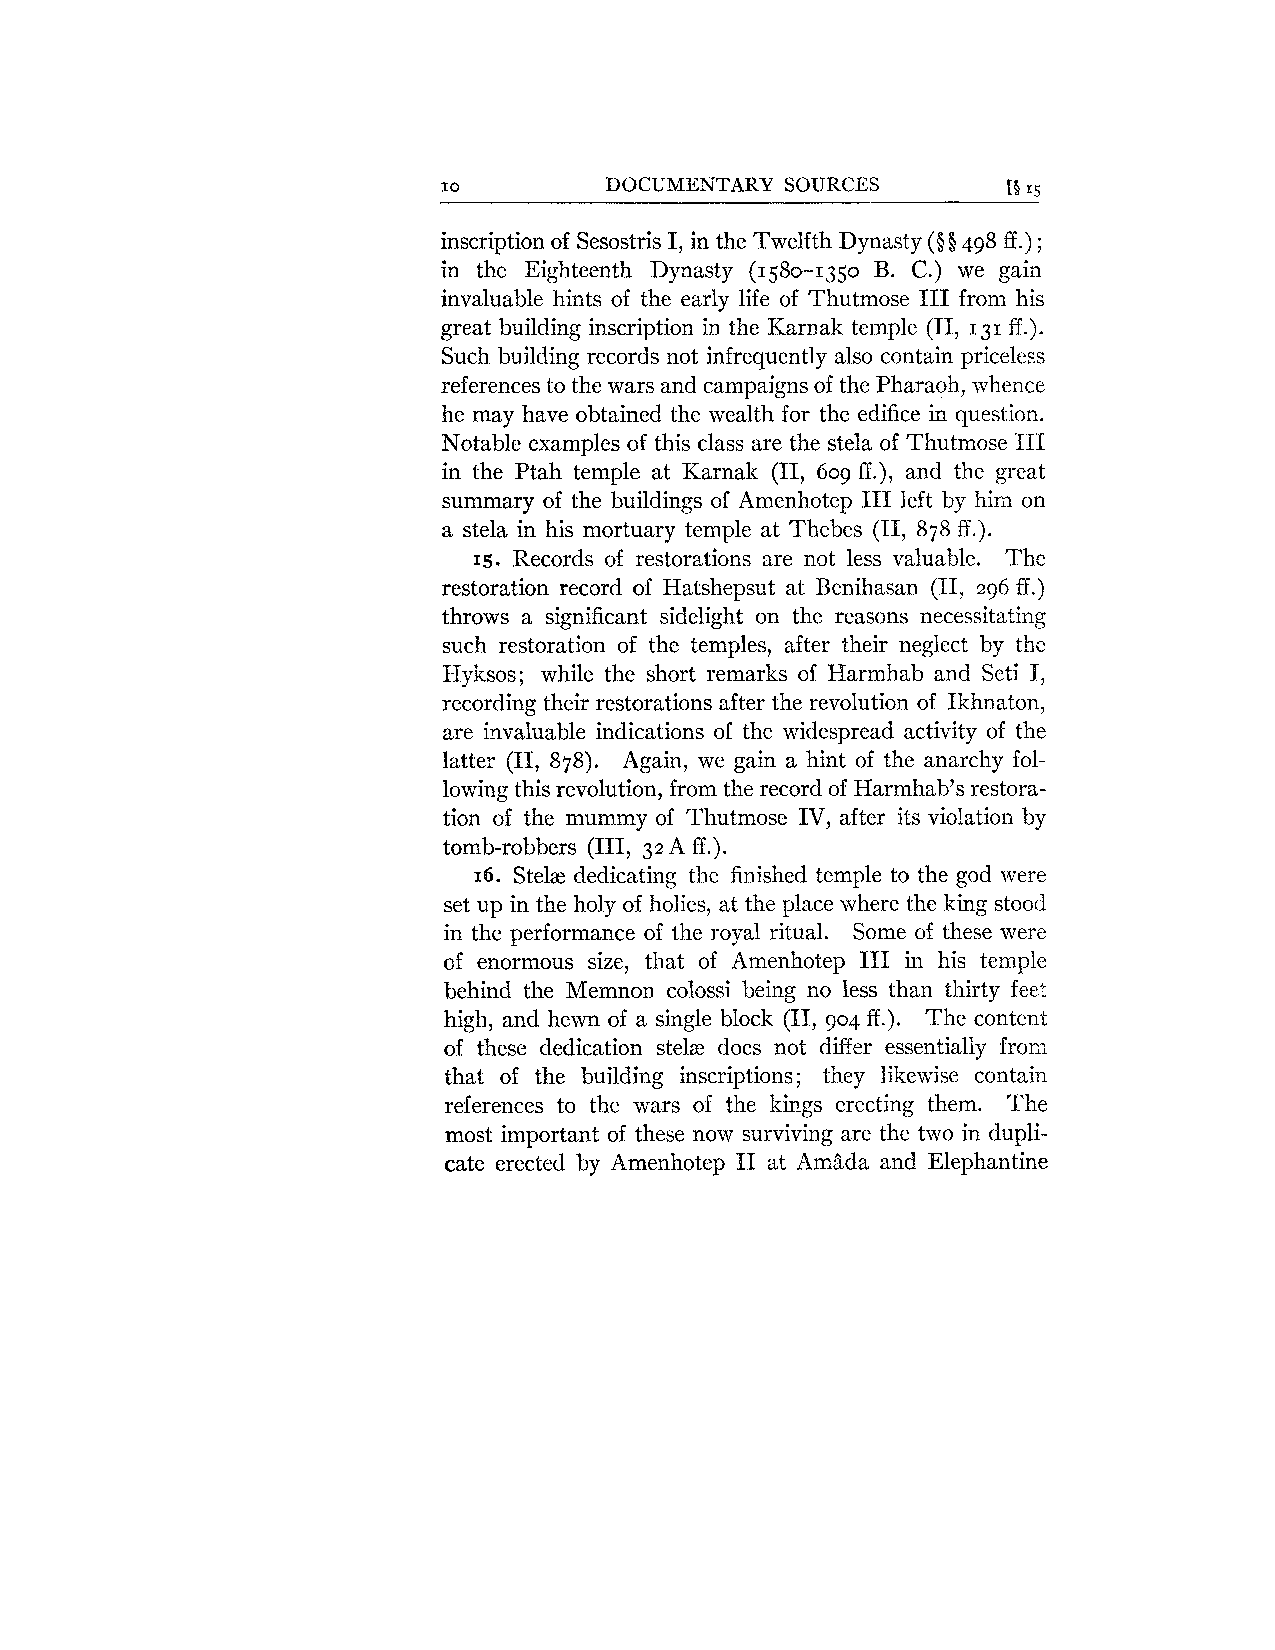
10         DOCUMENTARY SOURCES        [Q 5.1
 inscription of Sesostris I, in the Twelfth Dynasty (9 § 498 ff .) ;
 in the Eighteenth Dynasty (1580-1350 B. C.) we gain
 invaluable hints of the early life of Thutmose I11 from his
 great building inscription in the Karnak temple (11, 131 ff.).
 Such building records not infrequently also contain priceless
 references to the wars and campaigns of the Pharaoh, whence
 he may have obtained the wealth for the edifice in question.
 Notable examples of this class are the stela of Thutmose I91
 in the Ptah temple at Karnak (11, 609 ff.), and the great
 summary of the buildings of Amenhotep I11 left by him on
 a stela in his mortuary temple at Thebes (11, 878 ff.).
 15. Records of restorations are not less valuable. The
 restoration record of Hatshepsut at Benihasan (11, 296 ff.)
 throws a significant sidelight on the reasons necessitating
 such restoration of the temples, after their neglect by the
 Hyksos; while the short remarks of Harmhab and Seti I,
 recording their restorations after the revolution of Ikhnaton,
 are invaluable indications of the widespread activity of the
 latter (11, 878). Again, we gain a hint of the anarchy fol-
 lowing this revolution, from the record of Harmhab's restora-
 tion of the mummy of Thutmose IV, after its violatioil by
 tomb-robbers (111, 32 A ff .).
 16. Stelze dedicating the finished temple to the god were
 set up in the holy of holies, at the place where the king stood
 in the performance of the royal ritual. Some of these were
 of enormous size, that of Amenhotep I11 in his temple
 behind the Memnon colossi being no less than thirty feet
 high, and hewn of a single block (11, go4 ff.). The content
 of these dedication stelze does not differ essentially from
 that of the building inscriptions; they likewise contain
 references to the wars of the kings erecting them. The
 most important of these now surviving are the two in dupli-
 cate erected by Amenhotep I1 at Am%da and Elephantine